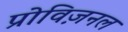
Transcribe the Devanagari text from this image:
प्रोविज़नल